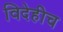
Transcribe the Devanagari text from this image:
विदेहीच